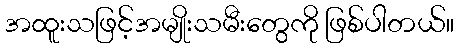
အထူးသဖြင့်အမျိုးသမီးတွေကို ဖြစ်ပါတယ်။